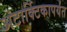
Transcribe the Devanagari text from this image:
अंटार्क्टिकापर्यंत